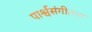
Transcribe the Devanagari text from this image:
पार्श्वसंगीतात